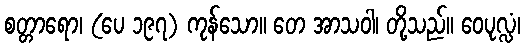
စတ္တာရော၊ (ပေ ၁၉၇) ကုန်သော။ တေ အာသဝါ၊ တို့သည်။ ဝေပုလ္လံ၊